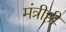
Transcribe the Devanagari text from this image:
मंत्रीही